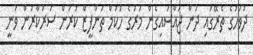
ދުވަހުގެ ތެރޭގައި ދަން ޖައްސައިގެން މަރުގެ ހުކުމް ތަންފީޒް ކުރަން ސަރުކާރުން ވަނީ